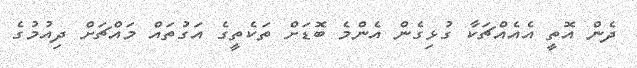
ދެން އޮތީ އެއެއްޗަކާ ގުޅިގެން އެންމެ ބޮޑަށް ތަކެތީގެ އަގުތައް މައްޗަށް ދިއުމުގެ